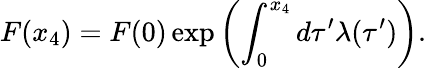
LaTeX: F(x_{4})=F(0)\exp\left(\int_{0}^{x_{4}}d\tau^{\prime}\lambda(\tau^{\prime})\right).